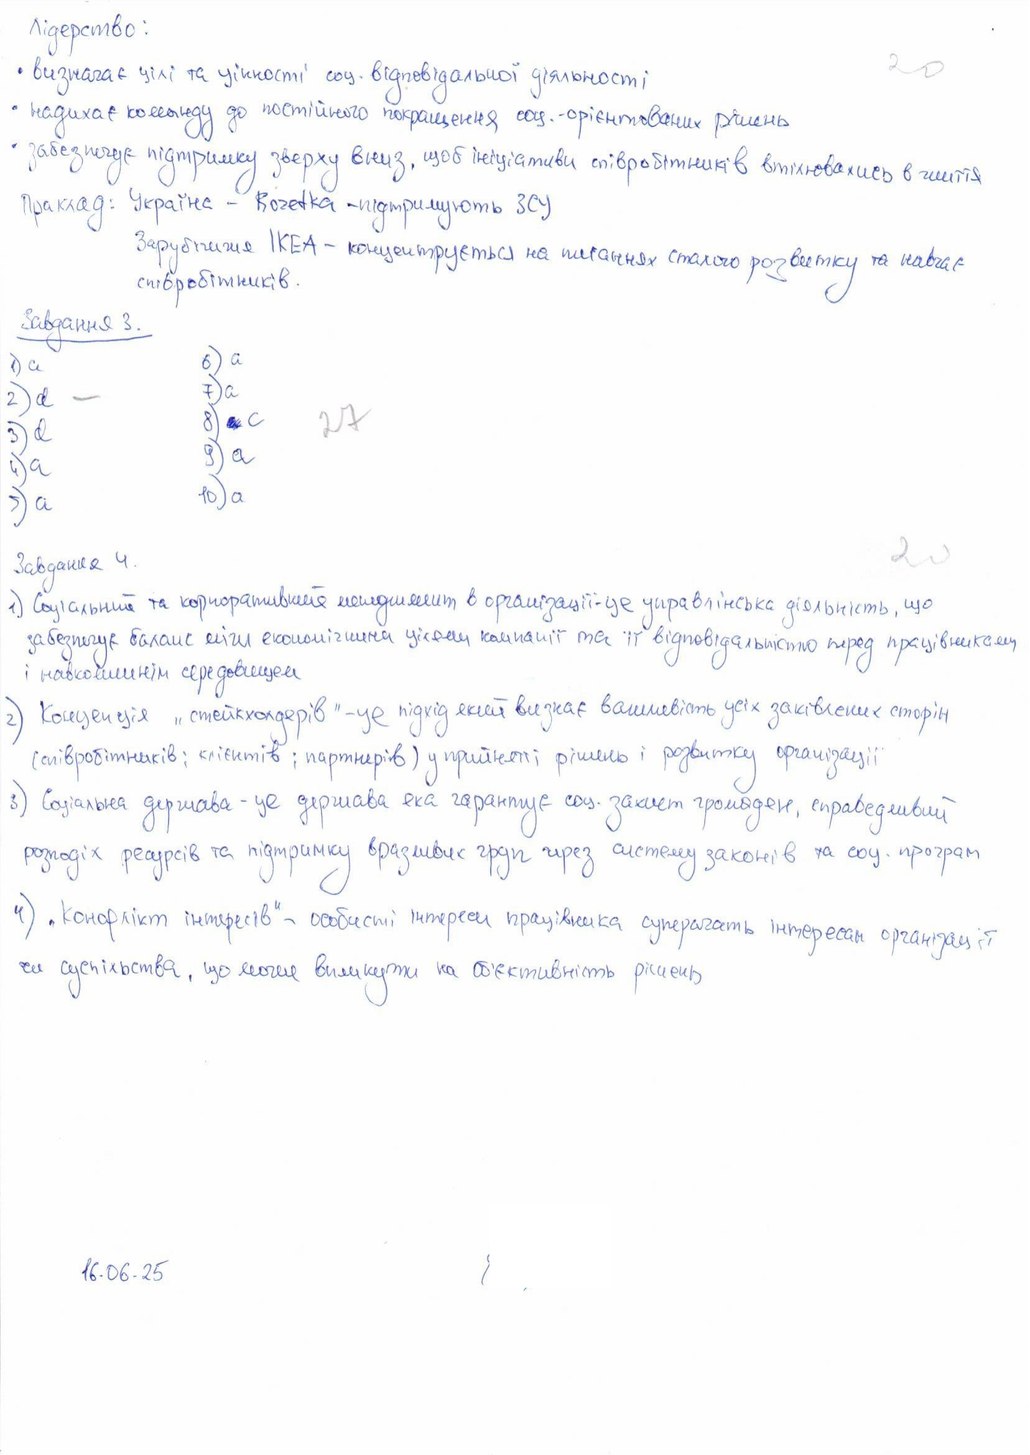
Лідерство:
20
• визначає цілі та цінності соц. відповідальної діяльності
• надихає команду до постійного покращення соц.-орієнтованих рішень
• забезпечує підтримку зверху вниз, щоб ініціативи співробітників втілювались в життя
Приклад: Україна - Rozetka - підтримують ЗСУ
Зарубіжна IKEA - концентрується на питаннях сталого розвитку та навчає
співробітників.
Завдання 3.
6) a
1) а
7) a
2) d
-
27
8) ~~[illegible]~~ с
3) d
9) а
4) a
10) а
5) a
20
Завдання 4.
1) Соціальний та корпоративний менеджмент в організації - це управлінська діяльність, що
забезпечує баланс між економічними цілями компанії та її відповідальністю перед працівниками
і навколишнім середовищем
2) Концепція "стейкхолдерів" - це підхід який визнає важливість усіх зацікавлених сторін
(співробітників; клієнтів; партнерів) у прийнятті рішень і розвитку організації
3) Соціальна держава - це держава яка гарантує соц. захист громадян, справедливий
розподіл ресурсів та підтримку вразливих груп через систему законів та соц. програм
4) "Конфлікт інтересів" - особисті інтереси працівника суперечать інтересам організації
чи суспільства, що може вплинути на об'єктивність рішень
16.06.25